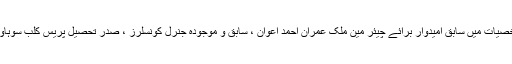
نماز جنازہ میں دعوت اسلامی کے کارکنان ، علاقہ بھر سے سیاسی سماجی شخصیات میں سابق امیدوار برائے چیئر مین ملک عمران احمد اعوان ، سابق و موجودہ جنرل کونسلرز ، صدر تحصیل پریس کلب سوہاوہ طارق محمود طالب اور جنرل سیکریٹری پروفیسر افتخار محمود شامل تھے ۔